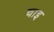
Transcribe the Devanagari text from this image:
चाइ